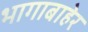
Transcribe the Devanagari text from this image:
भागाबाहेर